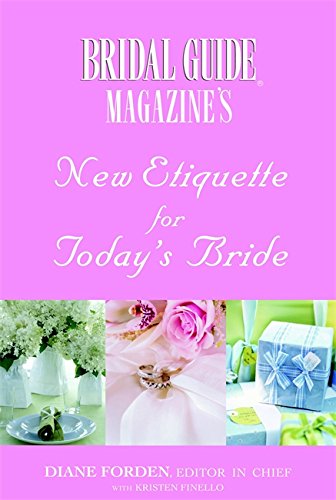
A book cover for Bridal Guide (R) Magazine's New Etiquette for Today's Bride; Bridal Guide Magazine; Crafts, Hobbies & Home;